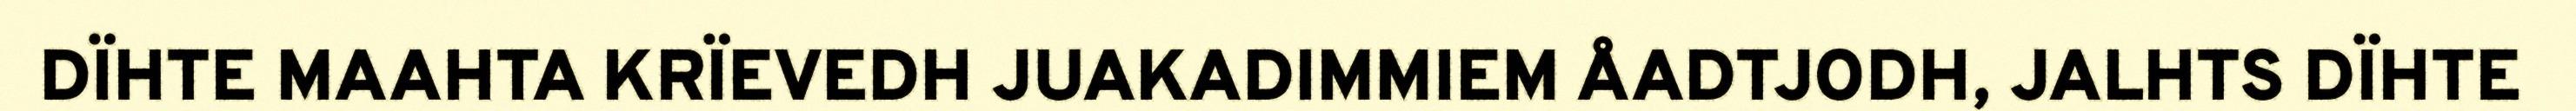
DÏHTE MAAHTA KRÏEVEDH JUAKADIMMIEM ÅADTJODH, JALHTS DÏHTE